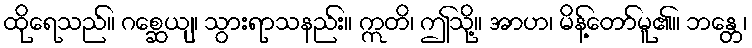
ထိုရေသည်။ ဂစ္ဆေယျ၊ သွားရာသနည်း။ ဣတိ၊ ဤသို့။ အာဟ၊ မိန့်တော်မူ၏။ ဘန္တေ၊